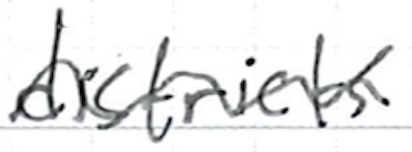
Text: districts
Cross-out: wave
Writing tool: ballpoint